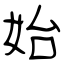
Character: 始